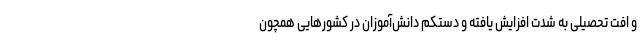
و افت تحصیلی به شدت افزایش یافته و دستکم دانش‌آموزان در کشورهایی همچون